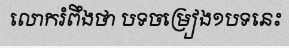
លោករំពឹងថា បទចម្រៀង១បទនេះ